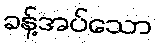
ခန့်အပ်သော